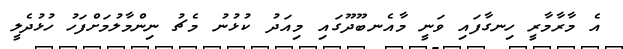
އެ މާރާމާރީ ހިނގާފައި ވަނީ މާއެނބޫދޫގައި މިއަދު ކުޅުނު މެޗު ނިންމާލުމަށްފަހު ހުޅުދެލީ